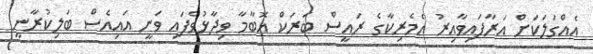
އެއްގަލަކަށް އަރާފައިވާއިރު އެމެރިކާގެ ރައީސް ބަރަކް އޮބާމާ ވިދާޅުވެފައި ވަނީ އައިއެސް ބަލިކުރާނީ